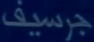
جرسيف